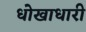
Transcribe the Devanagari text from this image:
धोखाधारी